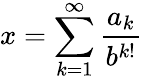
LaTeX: x=\sum_{k=1}^{\infty}{\frac{a_{k}}{b^{k!}}}